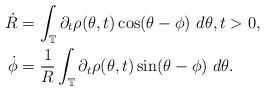
LaTeX: \begin{align*}\begin{aligned} {\dot R} &= \int_{\mathbb T} \partial_t \rho(\theta, t) \cos (\theta-\phi) ~ d\theta, t > 0, \\{\dot \phi} &= \frac{1}{R} \int_{\mathbb T} \partial_t \rho(\theta, t) \sin (\theta-\phi) ~ d\theta.\end{aligned}\end{align*}